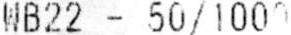
WB22 - 50/1000